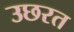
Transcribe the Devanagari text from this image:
उछरत